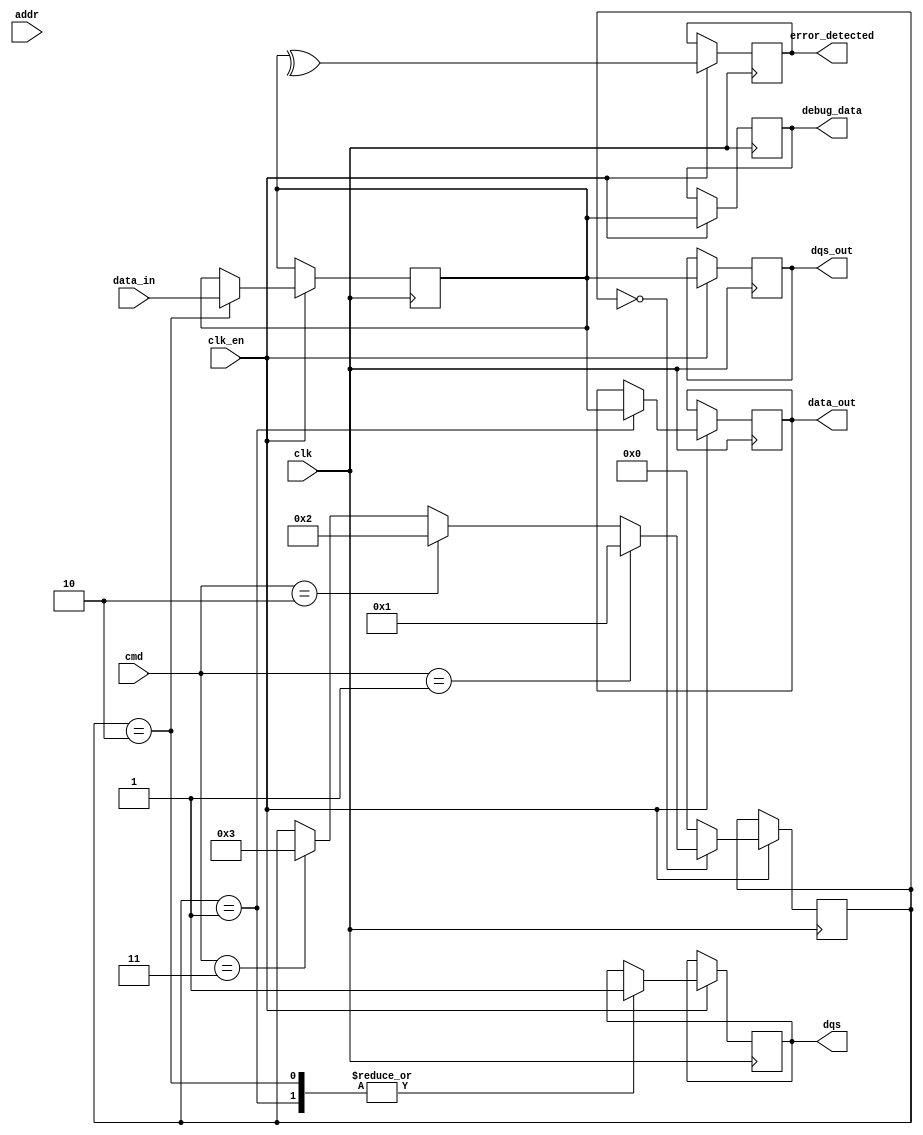
module gddr_io_block #(
    parameter DATA_WIDTH = 32, // Data width (16, 32, 64 bits)
    parameter ADDR_WIDTH = 16,  // Address width
    parameter CMD_WIDTH = 4      // Command width
)(
    input wire clk,              // Clock signal
    input wire clk_en,           // Clock enable for gating
    input wire [DATA_WIDTH-1:0] data_in, // Data input
    output reg [DATA_WIDTH-1:0] data_out, // Data output
    input wire [ADDR_WIDTH-1:0] addr, // Address input
    input wire [CMD_WIDTH-1:0] cmd, // Command input
    output reg dqs,             // Data Strobe signal
    output reg [DATA_WIDTH-1:0] dqs_out, // DQS output
    output reg error_detected,   // Error detection flag
    output reg [DATA_WIDTH-1:0] debug_data // Debug data output
);

// Internal signals
reg [DATA_WIDTH-1:0] data_buffer;
reg [3:0] state; // State machine for command processing

// State machine for command processing
localparam IDLE = 4'b0000,
           READ = 4'b0001,
           WRITE = 4'b0010,
           REFRESH = 4'b0011;

// Clock gating logic
always @(posedge clk) begin
    if (clk_en) begin
        // Process commands based on state
        case (state)
            IDLE: begin
                if (cmd == 4'b0001) begin // Read command
                    state <= READ;
                end else if (cmd == 4'b0010) begin // Write command
                    state <= WRITE;
                end else if (cmd == 4'b0011) begin // Refresh command
                    state <= REFRESH;
                end
            end
            
            READ: begin
                // Simulate read operation
                data_out <= data_buffer; // Output the buffered data
                dqs <= 1; // Activate DQS
                state <= IDLE; // Return to idle
            end
            
            WRITE: begin
                // Simulate write operation
                data_buffer <= data_in; // Buffer the incoming data
                dqs <= 1; // Activate DQS
                state <= IDLE; // Return to idle
            end
            
            REFRESH: begin
                // Simulate refresh operation
                // Implement refresh logic here
                state <= IDLE; // Return to idle
            end
            
            default: state <= IDLE; // Default to idle state
        endcase
    end
end

// Error detection logic (simple parity check for demonstration)
always @(posedge clk) begin
    if (clk_en) begin
        error_detected <= ^data_buffer; // Simple parity check
    end
end

// DQS generation logic
always @(posedge clk) begin
    if (clk_en) begin
        dqs_out <= data_buffer; // Output data on DQS
    end
end

// Debugging output
always @(posedge clk) begin
    if (clk_en) begin
        debug_data <= data_buffer; // Output current data buffer for debugging
    end
end

endmodule